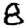
Digit: 8